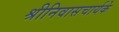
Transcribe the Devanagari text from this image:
श्रीनिवासचार्यके